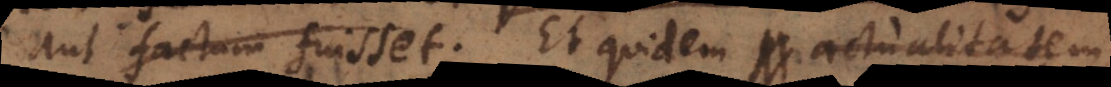
aut factum fuisset. Et quidem actualitatem